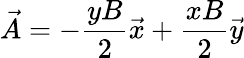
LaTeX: \vec{A}=-\frac{yB}{2}\vec{x}+\frac{xB}{2}\vec{y}